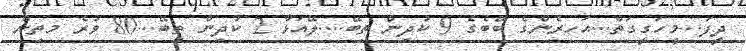
ދީފަ...މީހަގީގަތް...އަހރެންގެ ބޭބެގެ 9 ކުދިން ތިބޭ....ލޭއަޅާ 2 ކުދިން ތިބޭ...80 ވުރެ މތިން